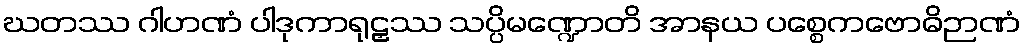
ဃတဿ ဂါဟဏံ ပါဒုကာရုဠှဿ သပ္ပိမဏ္ဍောတိ အာနယ ပစ္စေကဗောဓိဉာဏံ